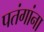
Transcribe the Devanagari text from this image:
पतंगांना